Annual administration and progress report of the Indian Medical Department, Bombay
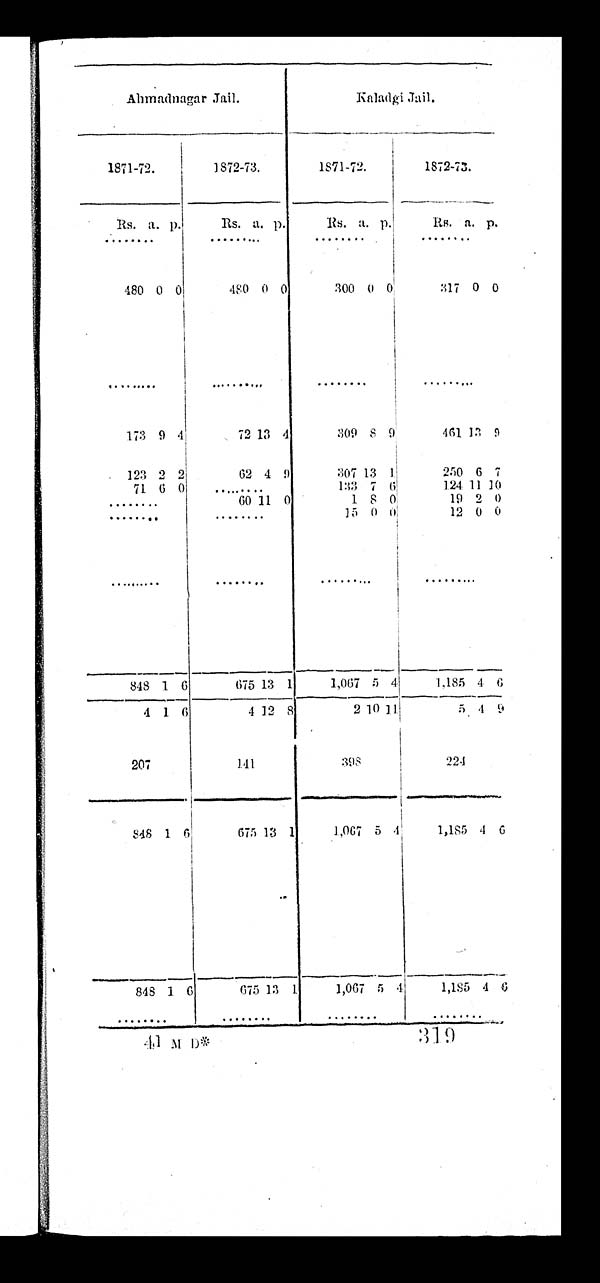
Ahmadnagar Jail.
Kaladgi Jail.
1871-72.
1872-73.
1871-72.
1872-73.
R s .
a. p.
Rs. a. p.
Rs. a. p.
R s . a. p.
. . .
. . .
. . .
. . .
480 0 0
480 0 0
300
0 0
317 0 0
. . .
. . .
. . .
. . .
173 9 4
72 13 4
309 8 9
461 13 9
123 2 2
62 4 9
307 13 1
250 6 7
71 6 0
. . .
133 7 6
124 11 10
. . .
60 11 0
1
8 0
19 2 0
. . .
. . .
15 0 0
12 0 0
. . .
. . .
. . .
. . .
848 1 6
675 13 1
1,067 5 4
1,185
4
6
4 1 6
4 12 8
2 10 11
5 4 9
207
141
398
224
848 1
6
675 13 1
1,067 5
4
1,185 4 6
848 1 6
675 13 1
1,067 5 4
1,185 4 6
. . .
. . .
. . .
. . .
41 M D*
319